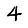
Digit: 4